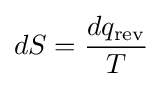
dS={\frac {dq_{\text{rev}}}{T}}